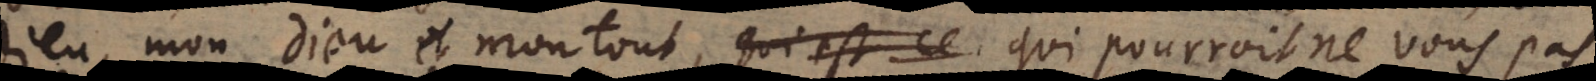
Dieu, mon Dieu et mon tout, qui pourroit ne vous pas